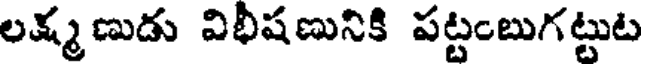
లక్మ ణుడు విభీషణునికి పట్టంబుగట్టుట